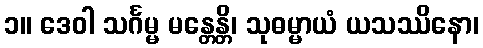
၁။ ဒေဝါ သင်္ဂမ္မ မန္တေန္တိ၊ သုဓမ္မာယံ ယသဿိနော၊